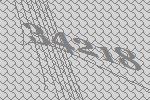
34218